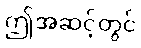
ဤအဆင့်တွင်